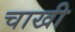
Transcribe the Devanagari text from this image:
चाखी